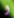
و